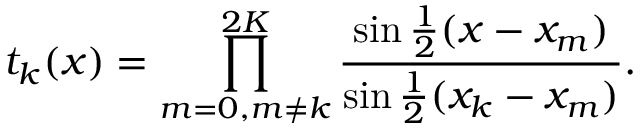
t _ { k } ( x ) = \prod _ { m = 0 , m \neq k } ^ { 2 K } { \frac { \sin { \frac { 1 } { 2 } } ( x - x _ { m } ) } { \sin { \frac { 1 } { 2 } } ( x _ { k } - x _ { m } ) } } .